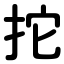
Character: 拕